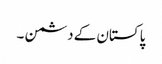
پاکستان کے دشمن ۔